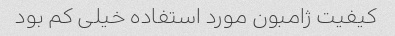
کیفیت ژامبون مورد استفاده خیلی کم بود